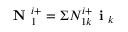
\textbf { N } _ { 1 } ^ { i + } = \Sigma N _ { 1 k } ^ { i + } \textbf { i } _ { k }